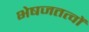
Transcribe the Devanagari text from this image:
भेषजतत्वों